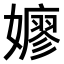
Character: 𫲋